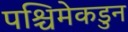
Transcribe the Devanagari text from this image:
पश्चिमेकडुन